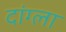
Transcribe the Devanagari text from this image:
दांग्ला